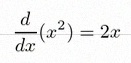
\frac{d}{dx}(x^2)=2x